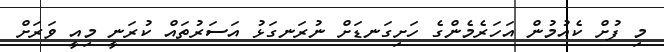
މި ފުށް ކެއުމުން އަހަރެމެންގެ ހަށިގަނޑަށް ނުރަނގަޅު އަސަރުތައް ކުރަނީ މިއީ ވަރަށް